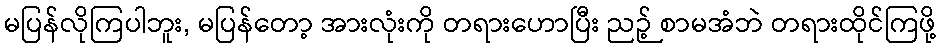
မပြန်လိုကြပါဘူး, မပြန်တော့ အားလုံးကို တရားဟောပြီး ညဉ့် စာမအံဘဲ တရားထိုင်ကြဖို့